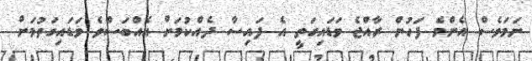
ނަމަވެސް އެންމެ ފަހުން ރާއްޖެ ވަޑައިގަތީ އެ ފައިސާ ދެއްކުމަށް އެއްބަސްވެ ވަޑައިގަތުމަށް